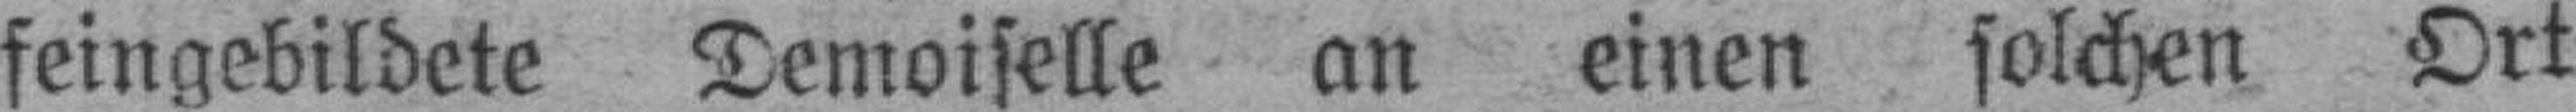
feingebildete Demoiselle an einen solchen Ort